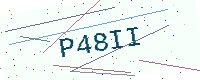
Text: P48II